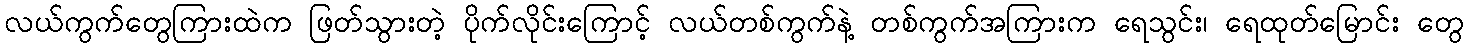
လယ်ကွက်တွေကြားထဲက ဖြတ်သွားတဲ့ ပိုက်လိုင်းကြောင့် လယ်တစ်ကွက်နဲ့ တစ်ကွက်အကြားက ရေသွင်း၊ ရေထုတ်မြောင်း တွေ